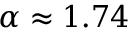
\alpha \approx 1 . 7 4